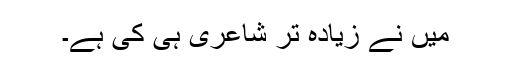
میں نے زیادہ تر شاعری ہی کی ہے۔